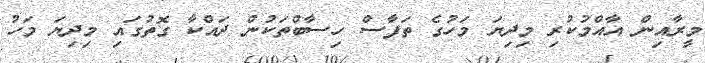
މީރާއިން އާއްމުކުރި މިދިޔަ މަހުގެ ތަފާސް ހިސާބްތަކުން ދައްކާ ގޮތުގައި މިދިޔަ މަހު